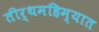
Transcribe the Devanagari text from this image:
तीर्थमहिम्यात